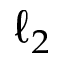
\ell _ { 2 }